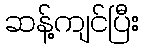
ဆန့်ကျင်ပြီး